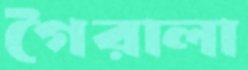
গৈরালা